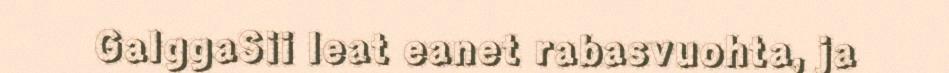
GalggaSii leat eanet rabasvuohta, ja